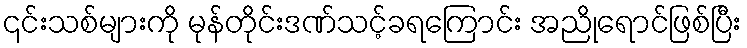
၎င်းသစ်များကို မုန်တိုင်းဒဏ်သင့်ခရကြောင်း အညိုရောင်ဖြစ်ပြီး